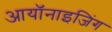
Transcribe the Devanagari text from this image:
आयॉनाइजिंग